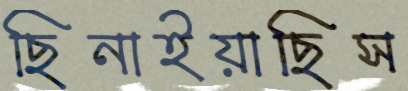
ছিনাইয়াছিস